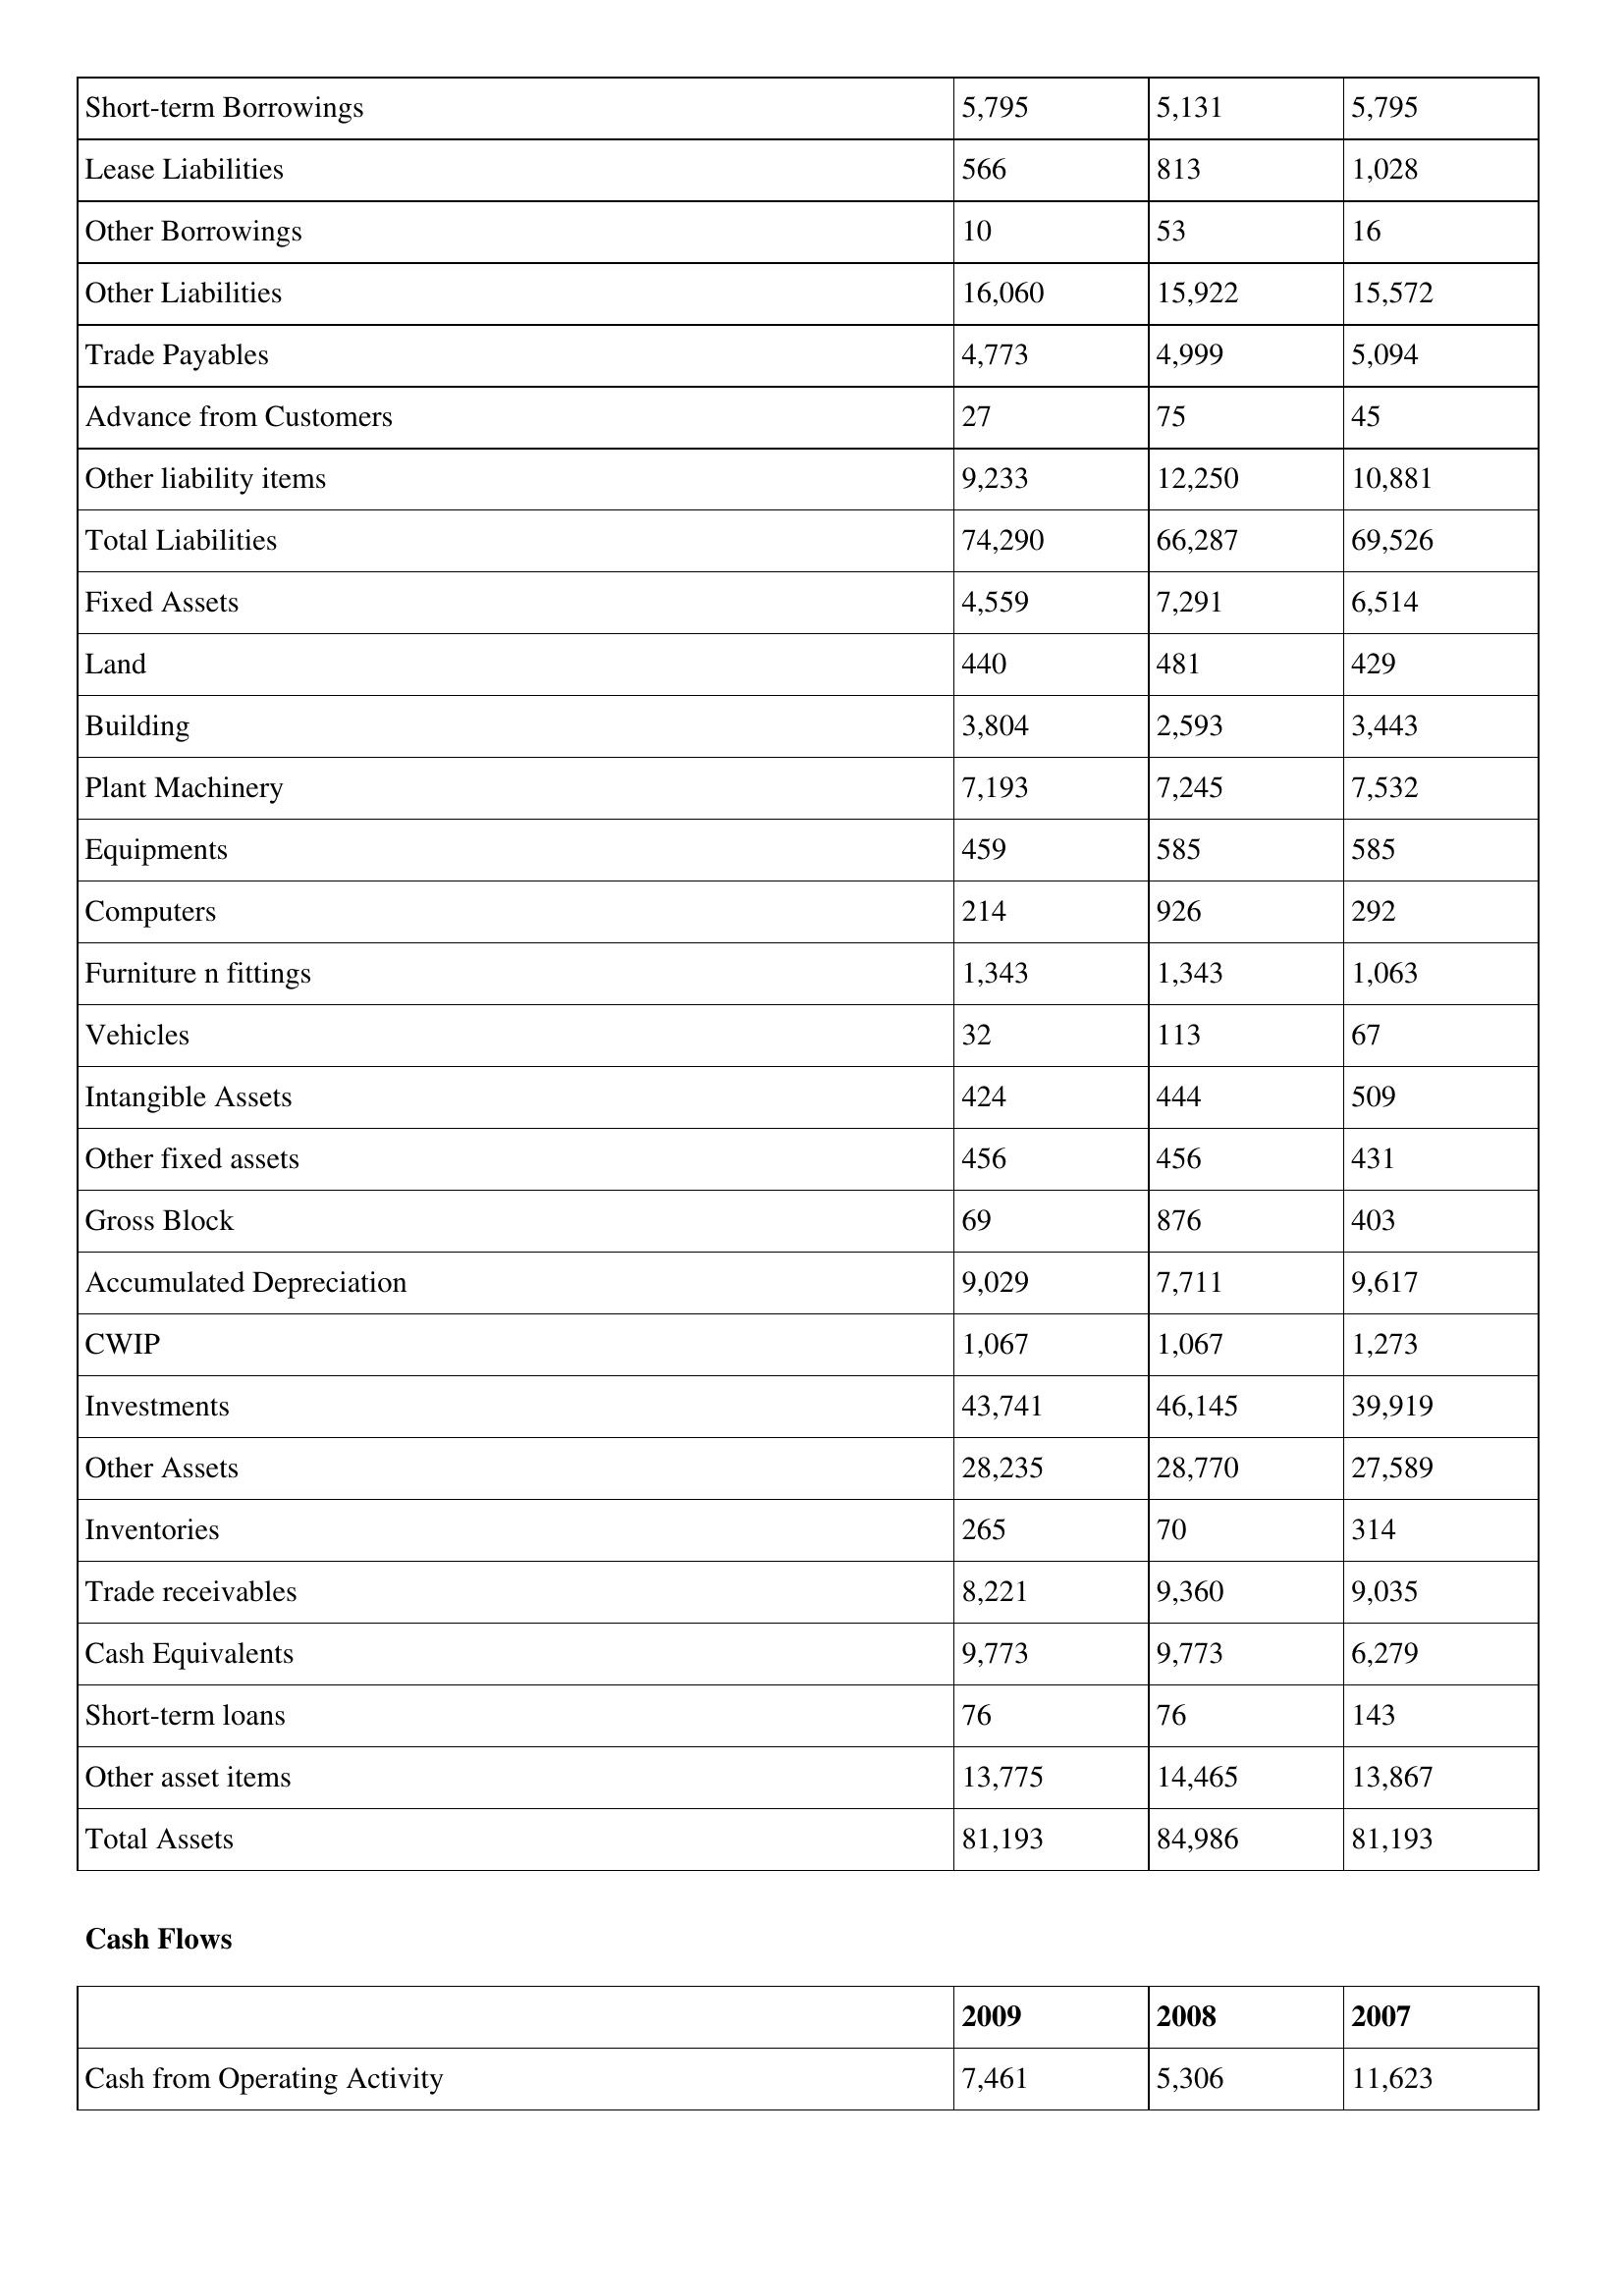
gt_parse: 2009: Balance Sheet: Short-term Borrowings: 5,795
Lease Liabilities: 566
Other Borrowings: 10
Other Liabilities: 16,060
Trade Payables: 4,773
Advance from Customers: 27
Other liability items: 9,233
Total Liabilities: 74,290
Fixed Assets: 4,559
Land: 440
Building: 3,804
Plant Machinery: 7,193
Equipments: 459
Computers: 214
Furniture n fittings: 1,343
Vehicles: 32
Intangible Assets: 424
Other fixed assets: 456
Gross Block: 69
Accumulated Depreciation: 9,029
CWIP: 1,067
Investments: 43,741
Other Assets: 28,235
Inventories: 265
Trade receivables: 8,221
Cash Equivalents: 9,773
Short-term loans: 76
Other asset items: 13,775
Total Assets: 81,193
Cash Flows: Cash from Operating Activity: 7,461
2008: Balance Sheet: Short-term Borrowings: 5,131
Lease Liabilities: 813
Other Borrowings: 53
Other Liabilities: 15,922
Trade Payables: 4,999
Advance from Customers: 75
Other liability items: 12,250
Total Liabilities: 66,287
Fixed Assets: 7,291
Land: 481
Building: 2,593
Plant Machinery: 7,245
Equipments: 585
Computers: 926
Furniture n fittings: 1,343
Vehicles: 113
Intangible Assets: 444
Other fixed assets: 456
Gross Block: 876
Accumulated Depreciation: 7,711
CWIP: 1,067
Investments: 46,145
Other Assets: 28,770
Inventories: 70
Trade receivables: 9,360
Cash Equivalents: 9,773
Short-term loans: 76
Other asset items: 14,465
Total Assets: 84,986
Cash Flows: Cash from Operating Activity: 5,306
2007: Balance Sheet: Short-term Borrowings: 5,795
Lease Liabilities: 1,028
Other Borrowings: 16
Other Liabilities: 15,572
Trade Payables: 5,094
Advance from Customers: 45
Other liability items: 10,881
Total Liabilities: 69,526
Fixed Assets: 6,514
Land: 429
Building: 3,443
Plant Machinery: 7,532
Equipments: 585
Computers: 292
Furniture n fittings: 1,063
Vehicles: 67
Intangible Assets: 509
Other fixed assets: 431
Gross Block: 403
Accumulated Depreciation: 9,617
CWIP: 1,273
Investments: 39,919
Other Assets: 27,589
Inventories: 314
Trade receivables: 9,035
Cash Equivalents: 6,279
Short-term loans: 143
Other asset items: 13,867
Total Assets: 81,193
Cash Flows: Cash from Operating Activity: 11,623